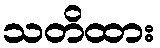
သတိထား